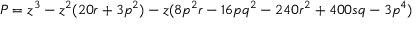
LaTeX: P = z ^ { 3 } - z ^ { 2 } ( 2 0 r + 3 p ^ { 2 } ) - z ( 8 p ^ { 2 } r - 1 6 p q ^ { 2 } - 2 4 0 r ^ { 2 } + 4 0 0 s q - 3 p ^ { 4 } )